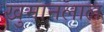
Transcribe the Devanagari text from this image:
खुमानलाल